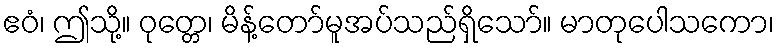
ဧဝံ၊ ဤသို့။ ဝုတ္တေ၊ မိန့်တော်မူအပ်သည်ရှိသော်။ မာတုပေါသကော၊